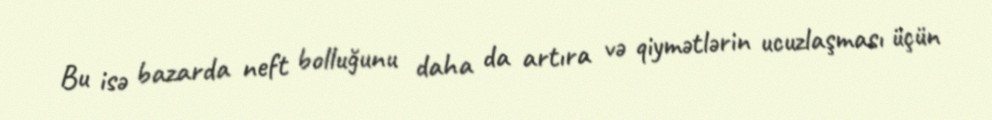
Bu isə bazarda neft bolluğunu daha da artıra və qiymətlərin ucuzlaşması üçün